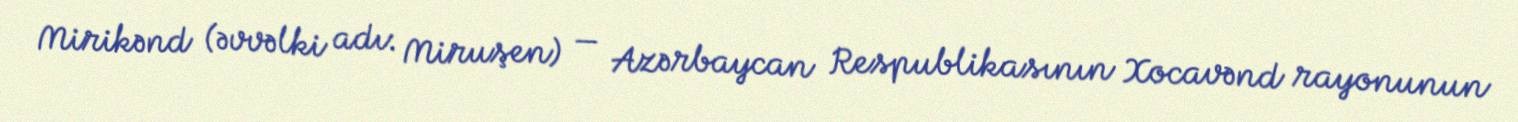
Mirikənd (əvvəlki adı: Miruşen) — Azərbaycan Respublikasının Xocavənd rayonunun